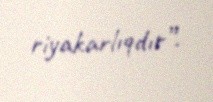
riyakarlıqdır”.